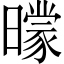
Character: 𣋡